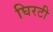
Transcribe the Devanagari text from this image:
घिरटी